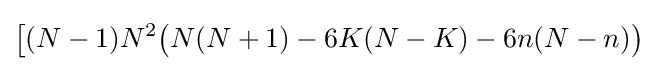
{\big [}(N-1)N^{2}{\big (}N(N+1)-6K(N-K)-6n(N-n){\big )}